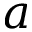
a